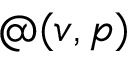
@ ( v , p )